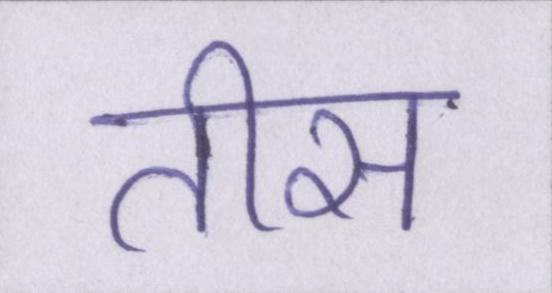
तीस